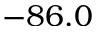
- 8 6 . 0